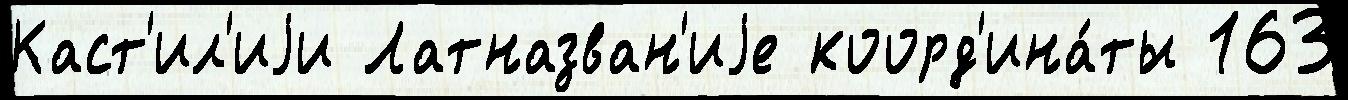
Каст'ил'иjи Латназван'иjе коорд'ина́ты 163